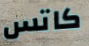
كاتس